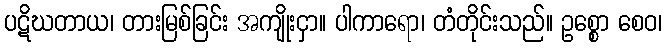
ပဋိဃတာယ၊ တားမြစ်ခြင်း အကျိုးငှာ။ ပါကာရော၊ တံတိုင်းသည်။ ဥစ္စော စေဝ၊